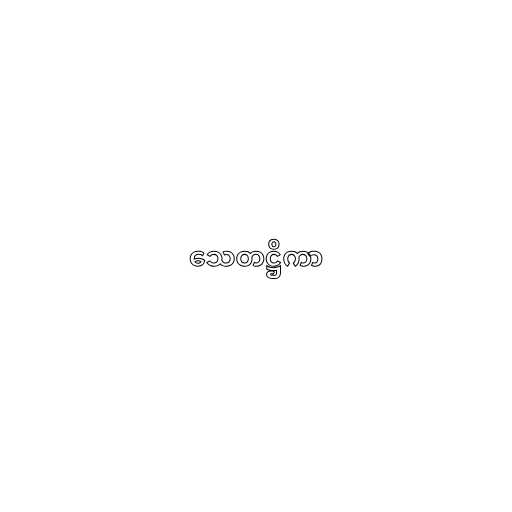
သေတဋ္ဌိကာ